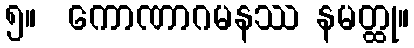
၅။  ကောဏာဂမနဿ နမတ္ထု။